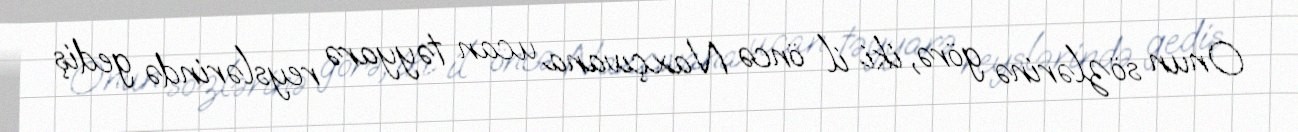
Onun sözlərinə görə, iki il öncə Naxçıvana ucan təyyarə reyslərində gediş